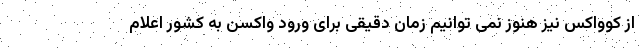
از کوواکس نیز هنوز نمی توانیم زمان دقیقی برای ورود واکسن به کشور اعلام